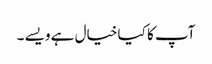
آپ کا کیا خیال ہے ویسے ۔